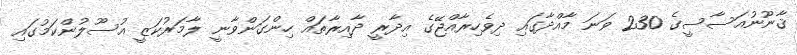
ޤާނޫނުއަސާސީގެ 230 ވަނަ މާއްދާގައި ދިވެހިރާއްޖޭގެ އިދާރީ ދާއިރާތައް ހިންގަންވާނީ ލާމަރުކަޒީ އުސޫލުންކަމުގައި